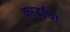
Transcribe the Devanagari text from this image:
कार्डांचा